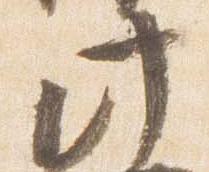
此